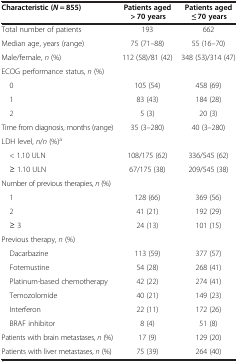
<table><thead><tr><td><b>Characteristic (<i>N</i> = 855)</b></td><td><b>Patients aged &gt; 70 years</b></td><td><b>Patients aged ≤ 70 years</b></td></tr></thead><tbody><tr><td>Total number of patients</td><td>193</td><td>662</td></tr><tr><td>Median age, years (range)</td><td>75 (71–88)</td><td>55 (16–70)</td></tr><tr><td>Male/female, <i>n</i> (%)</td><td>112 (58)/81 (42)</td><td>348 (53)/314 (47)</td></tr><tr><td>ECOG performance status, <i>n</i> (%)</td><td> </td><td> </td></tr><tr><td> 0</td><td>105 (54)</td><td>458 (69)</td></tr><tr><td> 1</td><td>83 (43)</td><td>184 (28)</td></tr><tr><td> 2</td><td>5 (3)</td><td>20 (3)</td></tr><tr><td>Time from diagnosis, months (range)</td><td>35 (3–280)</td><td>40 (3–280)</td></tr><tr><td>LDH level, <i>n</i>/<i>n</i> (%)<sup>a</sup></td><td> </td><td> </td></tr><tr><td> &lt; 1.10 ULN</td><td>108/175 (62)</td><td>336/545 (62)</td></tr><tr><td> ≥ 1.10 ULN</td><td>67/175 (38)</td><td>209/545 (38)</td></tr><tr><td>Number of previous therapies, <i>n</i> (%)</td><td> </td><td> </td></tr><tr><td> 1</td><td>128 (66)</td><td>369 (56)</td></tr><tr><td> 2</td><td>41 (21)</td><td>192 (29)</td></tr><tr><td> ≥ 3</td><td>24 (13)</td><td>101 (15)</td></tr><tr><td>Previous therapy, <i>n</i> (%)</td><td> </td><td> </td></tr><tr><td> Dacarbazine</td><td>113 (59)</td><td>377 (57)</td></tr><tr><td> Fotemustine</td><td>54 (28)</td><td>268 (41)</td></tr><tr><td> Platinum-based chemotherapy</td><td>42 (22)</td><td>274 (41)</td></tr><tr><td> Temozolomide</td><td>40 (21)</td><td>149 (23)</td></tr><tr><td> Interferon</td><td>22 (11)</td><td>172 (26)</td></tr><tr><td> BRAF inhibitor</td><td>8 (4)</td><td>51 (8)</td></tr><tr><td>Patients with brain metastases, <i>n</i> (%)</td><td>17 (9)</td><td>129 (20)</td></tr><tr><td>Patients with liver metastases, <i>n</i> (%)</td><td>75 (39)</td><td>264 (40)</td></tr></tbody></table>